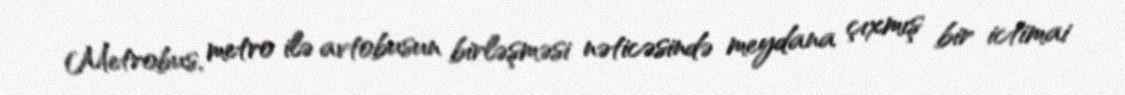
Metrobus, metro ilə avtobusun birləşməsi nəticəsində meydana çıxmış bir ictimai